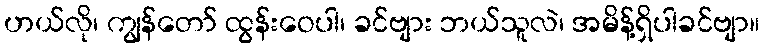
ဟယ်လို၊ ကျွန်တော် ထွန်းဝေပါ၊ ခင်ဗျား ဘယ်သူလဲ၊ အမိန့်ရှိပါခင်ဗျာ။